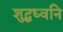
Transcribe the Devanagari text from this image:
शुद्धध्वनि